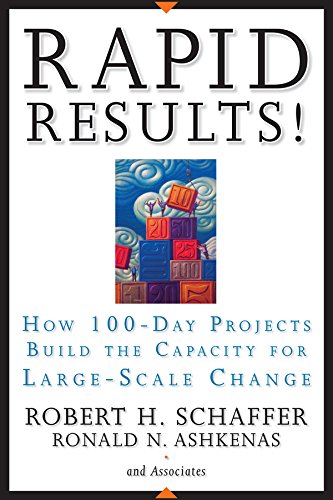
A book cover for Rapid Results!: How 100-Day Projects Build the Capacity for Large-Scale Change; Robert H. Schaffer; Business & Money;